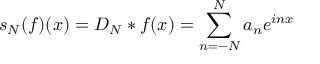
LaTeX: s _ { N } ( f ) ( x ) = D _ { N } * f ( x ) = \sum _ { n = - N } ^ { N } a _ { n } e ^ { i n x }